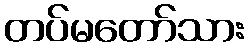
တပ်မတော်သား